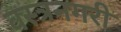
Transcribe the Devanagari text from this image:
वस्त्रनगरी